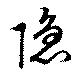
隱